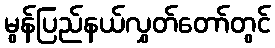
မွန်ပြည်နယ်လွှတ်တော်တွင်